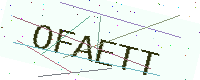
Text: OFAETT